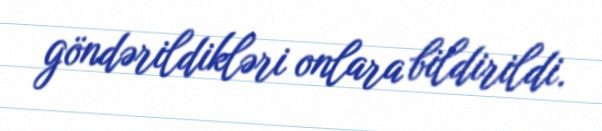
göndərildikləri onlara bildirildi.